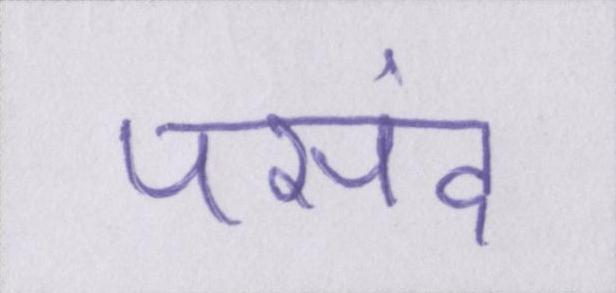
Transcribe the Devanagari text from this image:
पसंद